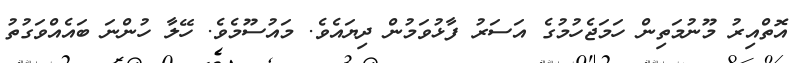
އޮތްއިރު މޫނުމަތިން ހަމަޖެހުމުގެ އަސަރު ފާޅުވަމުން ދިޔައެވެ. މައުސޫމެވެ. ހޭލާ ހުންނަ ބައެއްވަގުތު